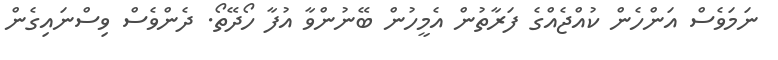
ނަމަވެސް އަންހެން ކުއްޖެއްގެ ފަރާތުން އެމީހުން ބޭނުންވާ އުފާ ހޯދޭތޯ. ދެންވެސް ވިސްނައިގެން